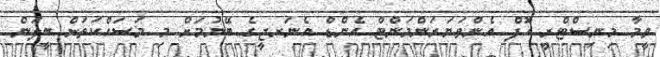
ވީމާ މިނިސްޓްރީ އޮފް އެންވަޔަރަންމަންޓް އެންޑް އެނަރޖީގެ ބޭނުމަށް މި މަސައްކަތަށް ބީލަން